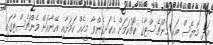
އަދި މޮޔޭސް އަކީ މެންޗެސްޓާގެ ކޯޗުކަމަށް އެކަށީގެންވާ މީހެއް ކަމަށާއި އޭނާއަށް މެންޗެސްޓާގައި